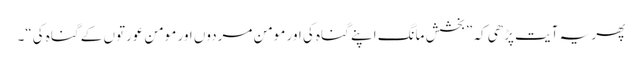
پھر یہ آیت پڑھی کہ ”بخشش مانگ اپنے گناہ کی اور مومن مردوں اور مومن عورتوں کے گناہ کی“۔